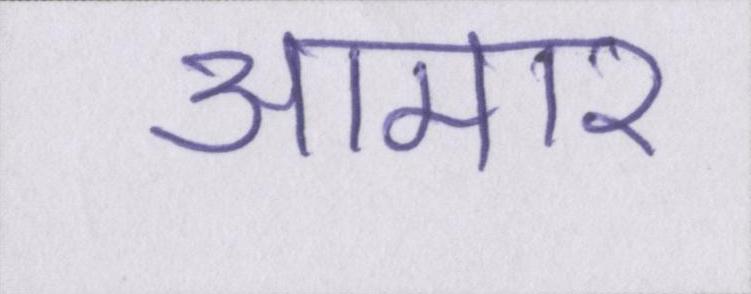
आमार